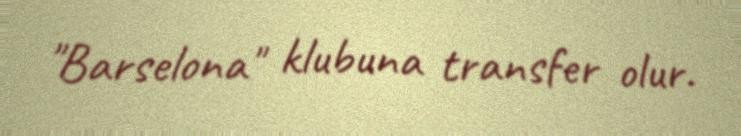
"Barselona" klubuna transfer olur.